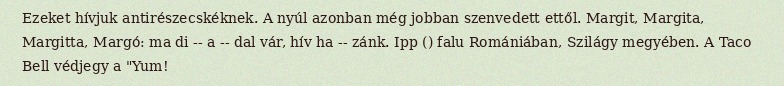
Ezeket hívjuk antirészecskéknek. A nyúl azonban még jobban szenvedett ettől. Margit, Margita, Margitta, Margó: ma di -- a -- dal vár, hív ha -- zánk. Ipp () falu Romániában, Szilágy megyében. A Taco Bell védjegy a "Yum!